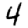
Digit: 4